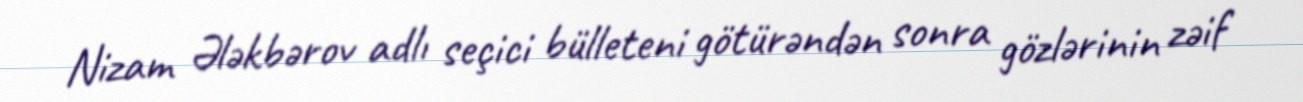
Nizam Ələkbərov adlı seçici bülleteni götürəndən sonra gözlərinin zəif